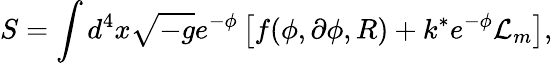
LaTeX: S=\int d^{4}x\sqrt{-g}e^{-\phi}\left[f(\phi,\partial\phi,R)+k^{*}e^{-\phi}\mathcal{L}_{m}\right],